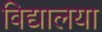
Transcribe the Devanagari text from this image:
विद्यालया